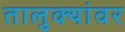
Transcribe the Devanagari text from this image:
तालुक्यांवर